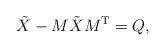
LaTeX: \begin{align*}\tilde{X}-M\tilde{X}M^{\rm T}=Q, \end{align*}